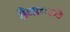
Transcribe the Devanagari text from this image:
मैलावरचे